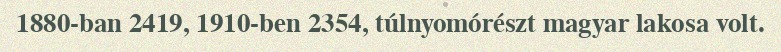
1880-ban 2419, 1910-ben 2354, túlnyomórészt magyar lakosa volt.